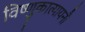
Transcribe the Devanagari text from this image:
विष्णुकात्यायनौ